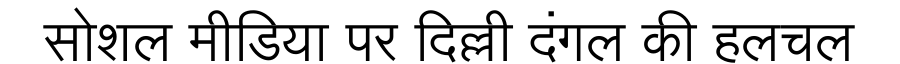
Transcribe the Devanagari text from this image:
सोशल मीडिया पर दिल्ली दंगल की हलचल